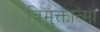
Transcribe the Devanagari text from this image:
विमुक्तात्मा